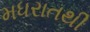
મધરાતથી